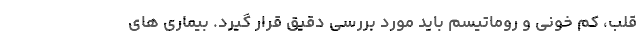
قلب، کم خونی و روماتیسم باید مورد بررسی دقیق قرار گیرد. بیماری های